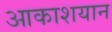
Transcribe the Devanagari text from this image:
आकाशयान